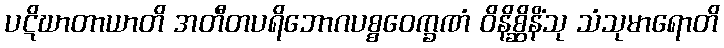
ပဋိဃာတာယာတိ အတီတပရိဘောဂပစ္စဝေက္ခဏံ ဝိနိစ္ဆိနိံသု သံသုမာရောတိ